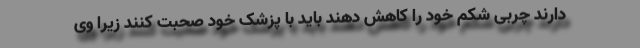
دارند چربی شکم خود را کاهش دهند باید با پزشک خود صحبت کنند زیرا وی